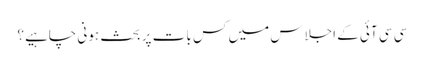
سی سی آئی کے اجلاس میں کس بات پر بحث ہونی چاہیے؟